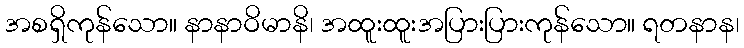
အစရှိကုန်သော။ နာနာဝိမာနိ၊ အထူးထူးအပြားပြားကုန်သော။ ရတနာန၊